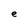
Character: e